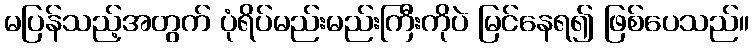
မပြန်သည့်အတွက် ပုံရိပ်မည်းမည်းကြီးကိုပဲ မြင်နေရ၍ ဖြစ်ပေသည်။